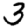
Digit: 3